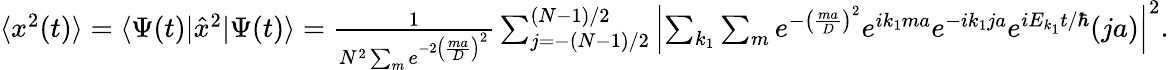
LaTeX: \begin{array}{r}{\langle x^{2}(t)\rangle=\langle\Psi(t)|\hat{x}^{2}|\Psi(t)\rangle=\frac{1}{N^{2}\sum_{m}e^{-2\left(\frac{ma}{D}\right)^{2}}}\sum_{j=-(N-1)/2}^{(N-1)/2}\left|\sum_{k_{1}}\sum_{m}e^{-\left(\frac{ma}{D}\right)^{2}}e^{ik_{1}ma}e^{-ik_{1}ja}e^{iE_{k_{1}}t/\hbar}(ja)\right|^{2}.}\end{array}